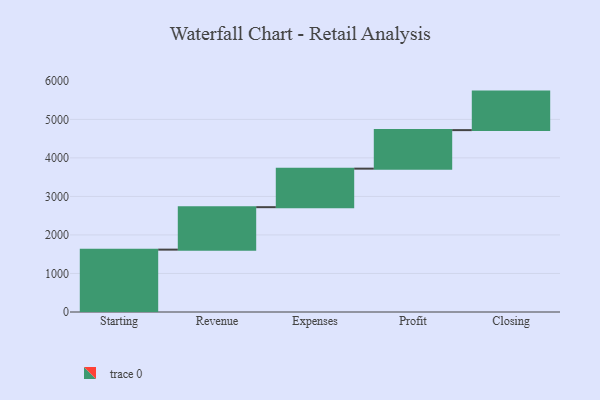
{"axis": {"x": "Step", "y": "Value"}, "legend": [""], "data": [{"x": "Starting", "y": 1619.0, "type": ""}, {"x": "Revenue", "y": 1102.0, "type": ""}, {"x": "Expenses", "y": 1000, "type": ""}, {"x": "Profit", "y": 1000, "type": ""}, {"x": "Closing", "y": 1000, "type": ""}]}